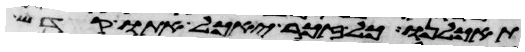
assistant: תאכלנו כל זכר יאכל אתו קדש